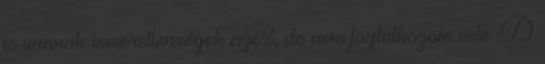
is vannak ismeretlenségek azért, de nem foglalkozom vele :D